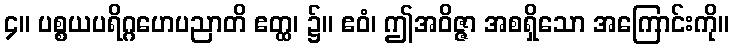
၄။ ပစ္စယပရိဂ္ဂဟေပညာတိ ဧတ္ထ၊ ၌။ ဧဝံ၊ ဤအဝိဇ္ဇာ အစရှိသော အကြောင်းကို။